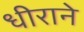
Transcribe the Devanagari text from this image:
धीराने